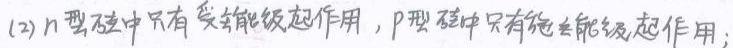
(2)n型硅中只有受主能级起作用，p型硅中只有施主能级起作用；